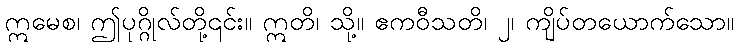
ဣမေစ၊ ဤပုဂ္ဂိုလ်တို့၎င်း။ ဣတိ၊ သို့။ ဧကဝီသတိ၊ ၂၊ ကျိပ်တယောက်သော။